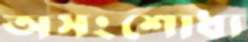
অসংশোধ্য